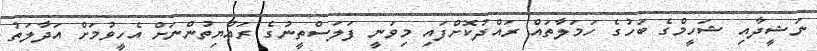
ނަޝީދާއި ޝަހީމްގެ ބަހުގެ ހަމަލާތައް ރައްދުކޮށްފައި މިވަނީ ފަލަސްތީނުގެ ރައްޔިތުންނަށް އެހީވުމަށް އަދާލަތު